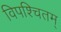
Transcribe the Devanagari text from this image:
विपश्चितम्